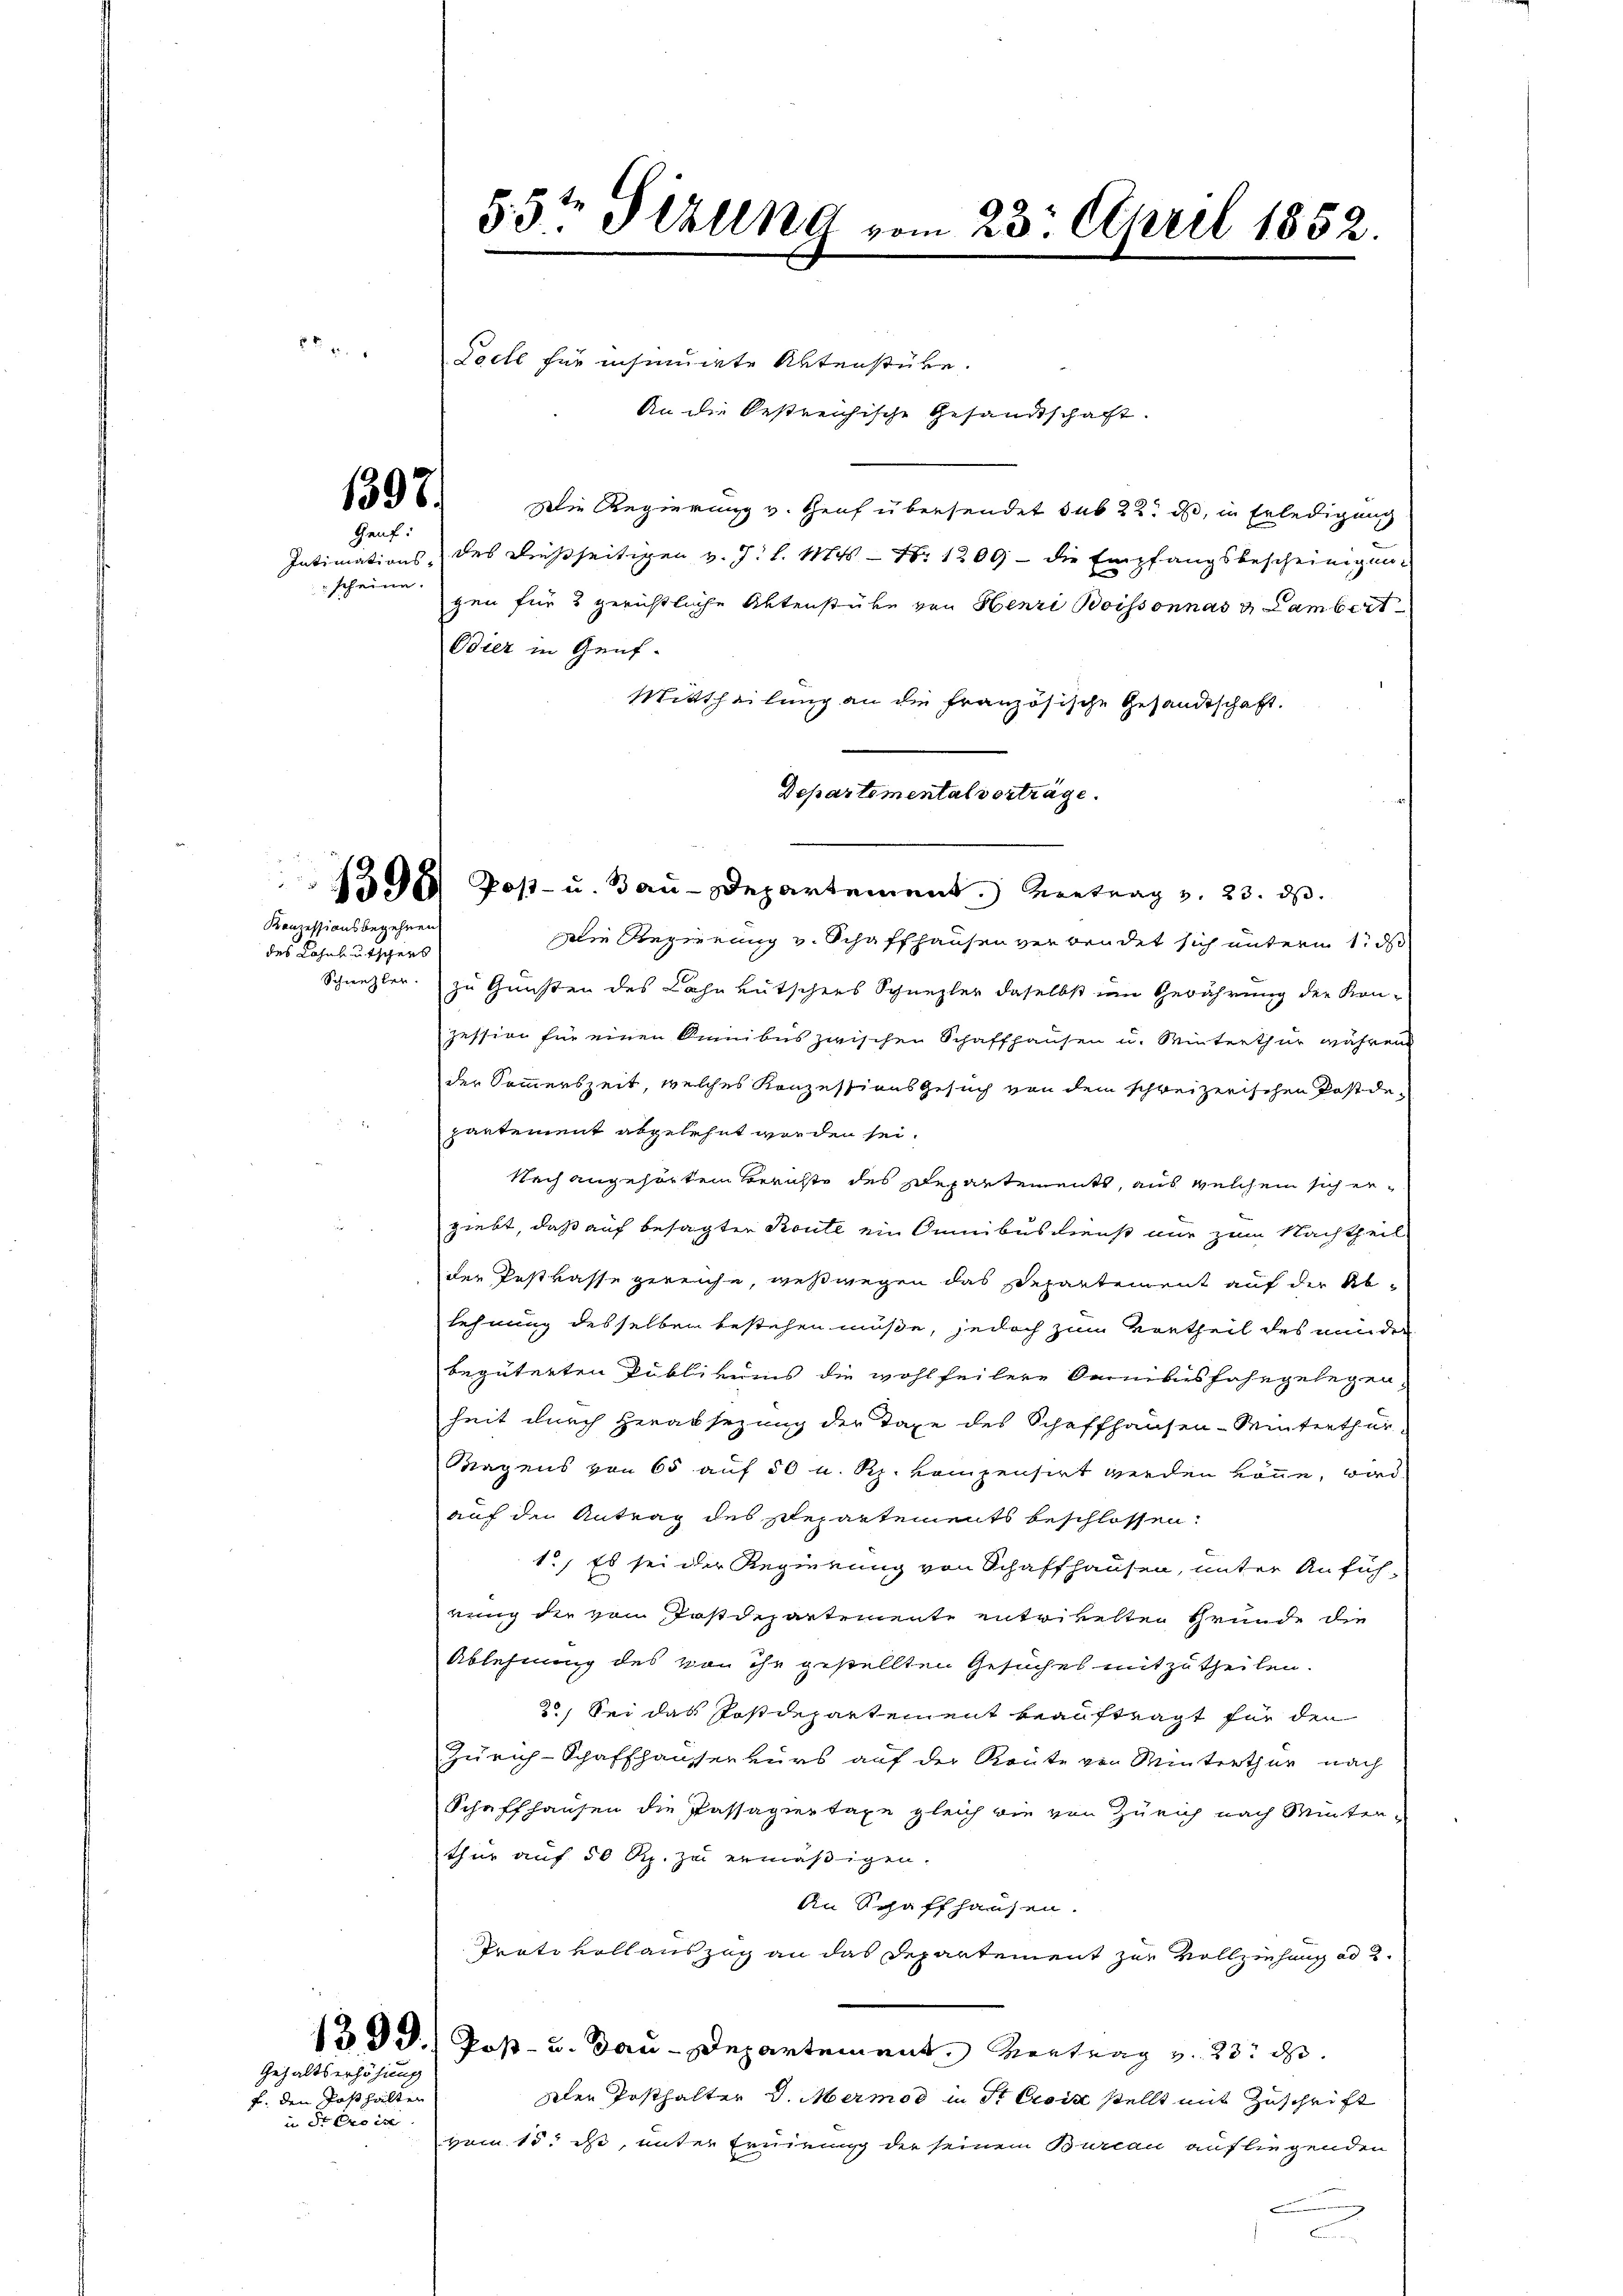
1397.

Geuf:
scheine.

des Lohnkutschers

Konzessionsbegehren

Pacte für insinuirte Altenstüke.
An die bestreichische Gesandtschaft.
Die Regierung v. Genf übersendet sub 22. ds, in Erledigung
Intimations- des dießseitigen v. J. l. Mts. - Nr 1209 - die Empfangsbescheinigun-
gen für 3 gerichtliche Aktenstüke von Henri Boissonnas & Lambert
Odier in Genf.
Mittheilung an die französische Gesandtschaft.
Departemental vorträge.
Die Regierung v. Schaffhausen verbendet sich unterm 1. d.
Schnezler zu Gunsten des Lohnkutschers Schnezler daselbst im Gewährung der Kon-
zession für einen Kunibus zwischen Schaffhausen u. Winterthur während
der Sommerszeit, welches Konzessions Gesuch von dem schweizerischen Postde-
partement abgelehnt worden sei.
Nach angehörten Berichte des Departements, aus welchem sich ergiebt, daß auf besagten Route ein Sunibusdienst nur zum Nachtheil
der Postkasse gereiche, weßwegen das Departement auf der Ab
lehnung desselben bestehen müße, jedoch zum Vortheil des minder
begüterten Publikums die wohlfeilere Omnibusfahrgelegenheit durch Herabsezung der Taxe des Schaffhausen-Winterthur-
Magens von 65 auf 50 u. Rh. vompensirt werden könne, wird
auf den Antrag des Departements beschlossen:
1., Es sei der Regierung von Schaffhausen, unter Anfüh-
rung der vom Postdepartemente entrikelten Grunde die
Ablehnung des von ihr gestellten Gesuches mitzutheilen.
20, Sei das Postdepartement beauftragt für den
Zürich-Schaffhausserkurs auf der Reute von Winterthur nach
Schaffhausen die Passagiertaxe gleich die von Zürich nach Minter-
thur auf 50 Rp. zu ermäßigen.
An Schaffhausen.
Trati vollauszug an das Departement zur Vollziehung ad 2.
13. d. J.) Post- u. Bau-Departement. Vertrag v. 23. d.
dler Posthalter v. Mermod in Strois stellt mit Zuschrift
vom 15. ist, unter Ernierung der seinem Bureau aufliegenden
a

Gehaltserhöhung
f. den Posthalten
in dr Erois

55te Sizung vom 23. April 1852.

1398 Post- u. Bau-Departement. Vertrag v. 23. ds.